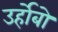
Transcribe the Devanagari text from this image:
उर्होबो